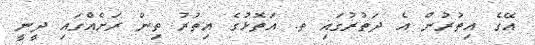
އޭގެ އިތުރުން އެ ދަތުރުގައި ތ. އަތޮޅުގެ އިތުރު ތިން ރަށެއްގައި ދީނީ